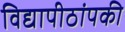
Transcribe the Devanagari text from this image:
विद्यापीठांपकी